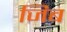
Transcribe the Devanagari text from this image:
जिब